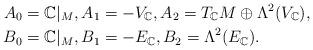
LaTeX: \begin{align*}A_0&=\mathbb{C}|_{M},A_1=-V_\mathbb{C},A_2=T_\mathbb{C}M\oplus \Lambda^2 (V_\mathbb{C}),\\B_0&=\mathbb{C}|_{M},B_1=-E_\mathbb{C},B_2=\Lambda^2 (E_\mathbb{C}).\end{align*}